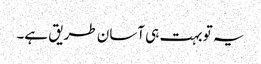
یہ تو بہت ہی آسان طریق ہے۔